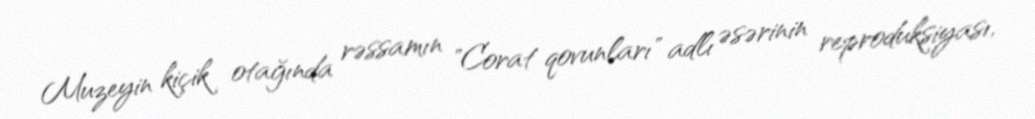
Muzeyin kiçik otağında rəssamın "Corat qovunları" adlı əsərinin reproduksiyası,